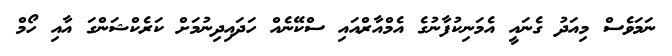
ނަމަވެސް މިއަދު ގެނައީ އެމަނިކުފާނުގެ އެމްއާރްއައި ސްކޭނެއް ހަދައިދިނުމަށް ކަރެކްޝަންގަ އާއި ހޯމް